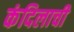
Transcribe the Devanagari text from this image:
कंदिलाची